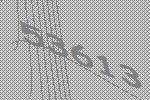
53613